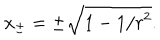
x _ { \pm } = \pm \sqrt { 1 - 1 / r ^ { 2 } } .